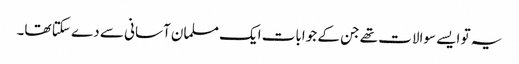
یہ تو ایسے سوالات تھے جن کے جوابات ایک مسلمان آسانی سے دے سکتا تھا۔